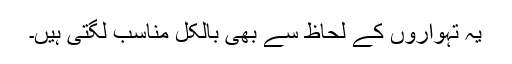
یہ تہواروں کے لحاظ سے بھی بالکل مناسب لگتی ہیں۔